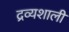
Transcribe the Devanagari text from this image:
द्रव्यशाली